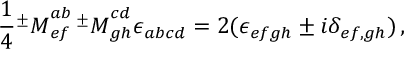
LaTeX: \frac 1 4 { ^ \pm M } _ { e f } ^ { a b } \, { ^ \pm M } _ { g h } ^ { c d } \epsilon _ { a b c d } = 2 ( \epsilon _ { e f g h } \pm i \delta _ { e f , g h } ) \, ,